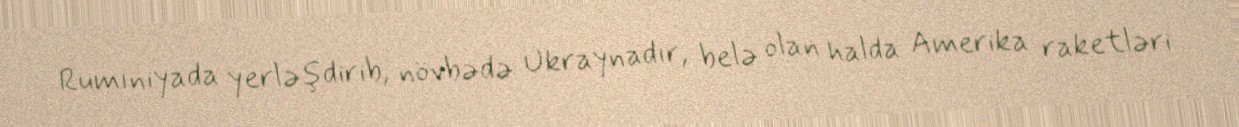
Rumıniyada yerləşdirib, növbədə Ukraynadır, belə olan halda Amerika raketləri